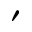
'